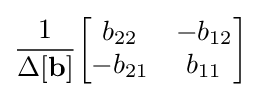
{\frac {1}{\Delta \mathbf {[b]} }}{\begin{bmatrix}b_{22}&-b_{12}\\-b_{21}&b_{11}\end{bmatrix}}